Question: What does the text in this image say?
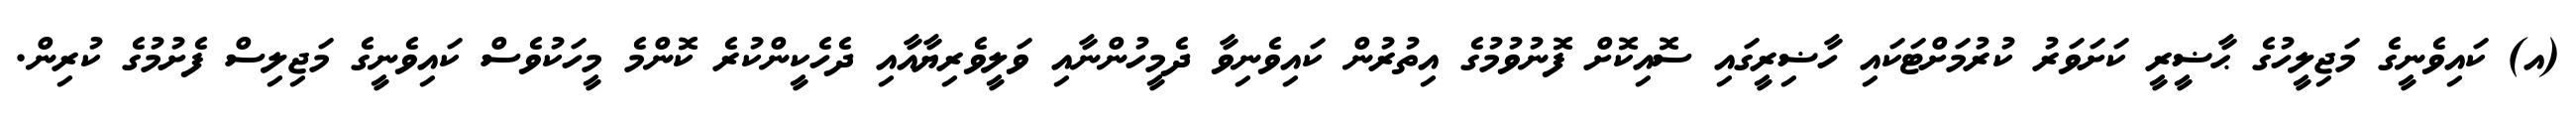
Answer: (އ) ކައިވެނީގެ މަޖިލީހުގެ ޙާޟީރީ ކަށަވަރު ކުރުމަށްޓަކައި ހާޟިރީގައި ސޮއިކޮށް ފޮނުވުމުގެ އިތުރުން ކައިވެނިވާ ދެމީހުންނާއި ވަލީވެރިޔާއާއި ދެހެކީންކުރެ ކޮންމެ މީހަކުވެސް ކައިވެނީގެ މަޖިލިސް ފެށުމުގެ ކުރިން.